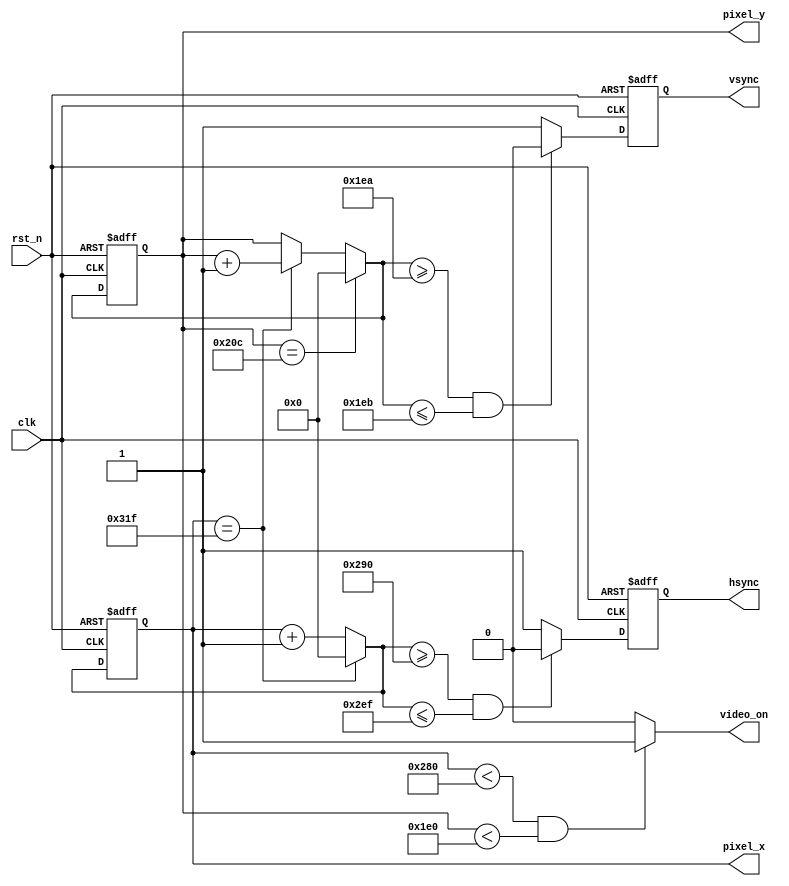
`timescale 1ns / 1ps

module vga_core(
	input clk,rst_n, //clock must be 25MHz for 640x480 
	output hsync,vsync,
	output reg video_on,
	output[11:0] pixel_x,pixel_y
    );	
	 //640x480 parameters
	 localparam HD=640, //Horizontal Display
					HR=16, //Right Border
					HRet=96, //Horizontal Retrace
					HL=48, //Left Border
					
					VD=480, //Vertical Display
					VB=10, //Bottom Border
					VRet=2, //Vertical Retrace
					VT=33; //Top Border
					
	reg[11:0] vctr_q=0,vctr_d; //counter for vertical scan
	reg[11:0] hctr_q=0,hctr_d; //counter for horizontal scan
	reg hsync_q=0,hsync_d; //horizontal sync is buffered for a glitchless output
	reg vsync_q=0,vsync_d; ////vertical sync is buffered for a glitchless output
	
	//vctr and hctr register operation
	always @(posedge clk,negedge rst_n) begin
		if(!rst_n) begin
			vctr_q<=0;
			hctr_q<=0;
			vsync_q<=0;
			hsync_q<=0;
		end
		else begin
			vctr_q<=vctr_d;
			hctr_q<=hctr_d;
			vsync_q<=vsync_d;
			hsync_q<=hsync_d;
		end
	end
	
	//horizontal and vertical counter logic for horizontal sync and vertical sync
	always @* begin
		vctr_d=vctr_q;
		hctr_d=hctr_q;
		video_on=0;
		hsync_d=1; 
		vsync_d=1; 
		
		if(hctr_q==HD+HR+HRet+HL-1) hctr_d=0; //horizontal counter
		else hctr_d=hctr_q+1'b1;
		
		if(vctr_q==VD+VB+VRet+VT-1) vctr_d=0; //vertical counter
		else if(hctr_q==HD+HR+HRet+HL-1) vctr_d=vctr_q+1'b1;
		
		if(hctr_q<HD && vctr_q<VD) video_on=1; //video_on 
		
		if( (hctr_d>=HD+HR) && (hctr_d<=HD+HR+HRet-1) ) hsync_d=0; //d-input is used as condition (not the present "q")to remove the one-clock delay due to buffering the horizontal sync 
		if( (vctr_d>=VD+VB) && (vctr_d<=VD+VB+VRet-1) ) vsync_d=0; //d-input is used as condition (not the present "q")to remove the one-clock delay due to buffering the vertical sync 
				
	end
		assign vsync=vsync_q;
		assign hsync=hsync_q;
		assign pixel_x=hctr_q;
		assign pixel_y=vctr_q;

endmodule